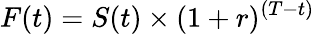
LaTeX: F(t)=S(t)\times(1+r)^{(T-t)}